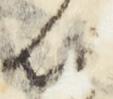
以